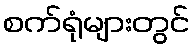
စက်ရုံများတွင်